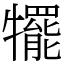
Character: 犤